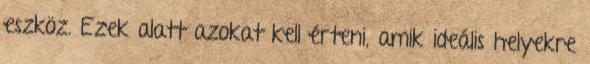
eszköz. Ezek alatt azokat kell érteni, amik ideális helyekre